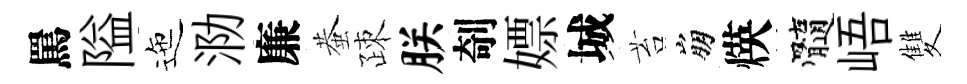
罵隘迤泐廉蛬疎朕剞嫖城苔崩煐髓峿雙